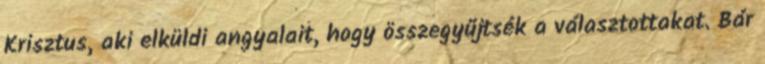
Krisztus, aki elküldi angyalait, hogy összegyűjtsék a választottakat. Bár